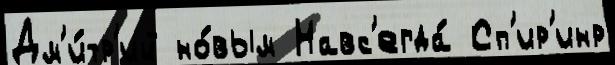
Дм'и́тр'ий но́вым Навс'егда́ Сп'ир'инр